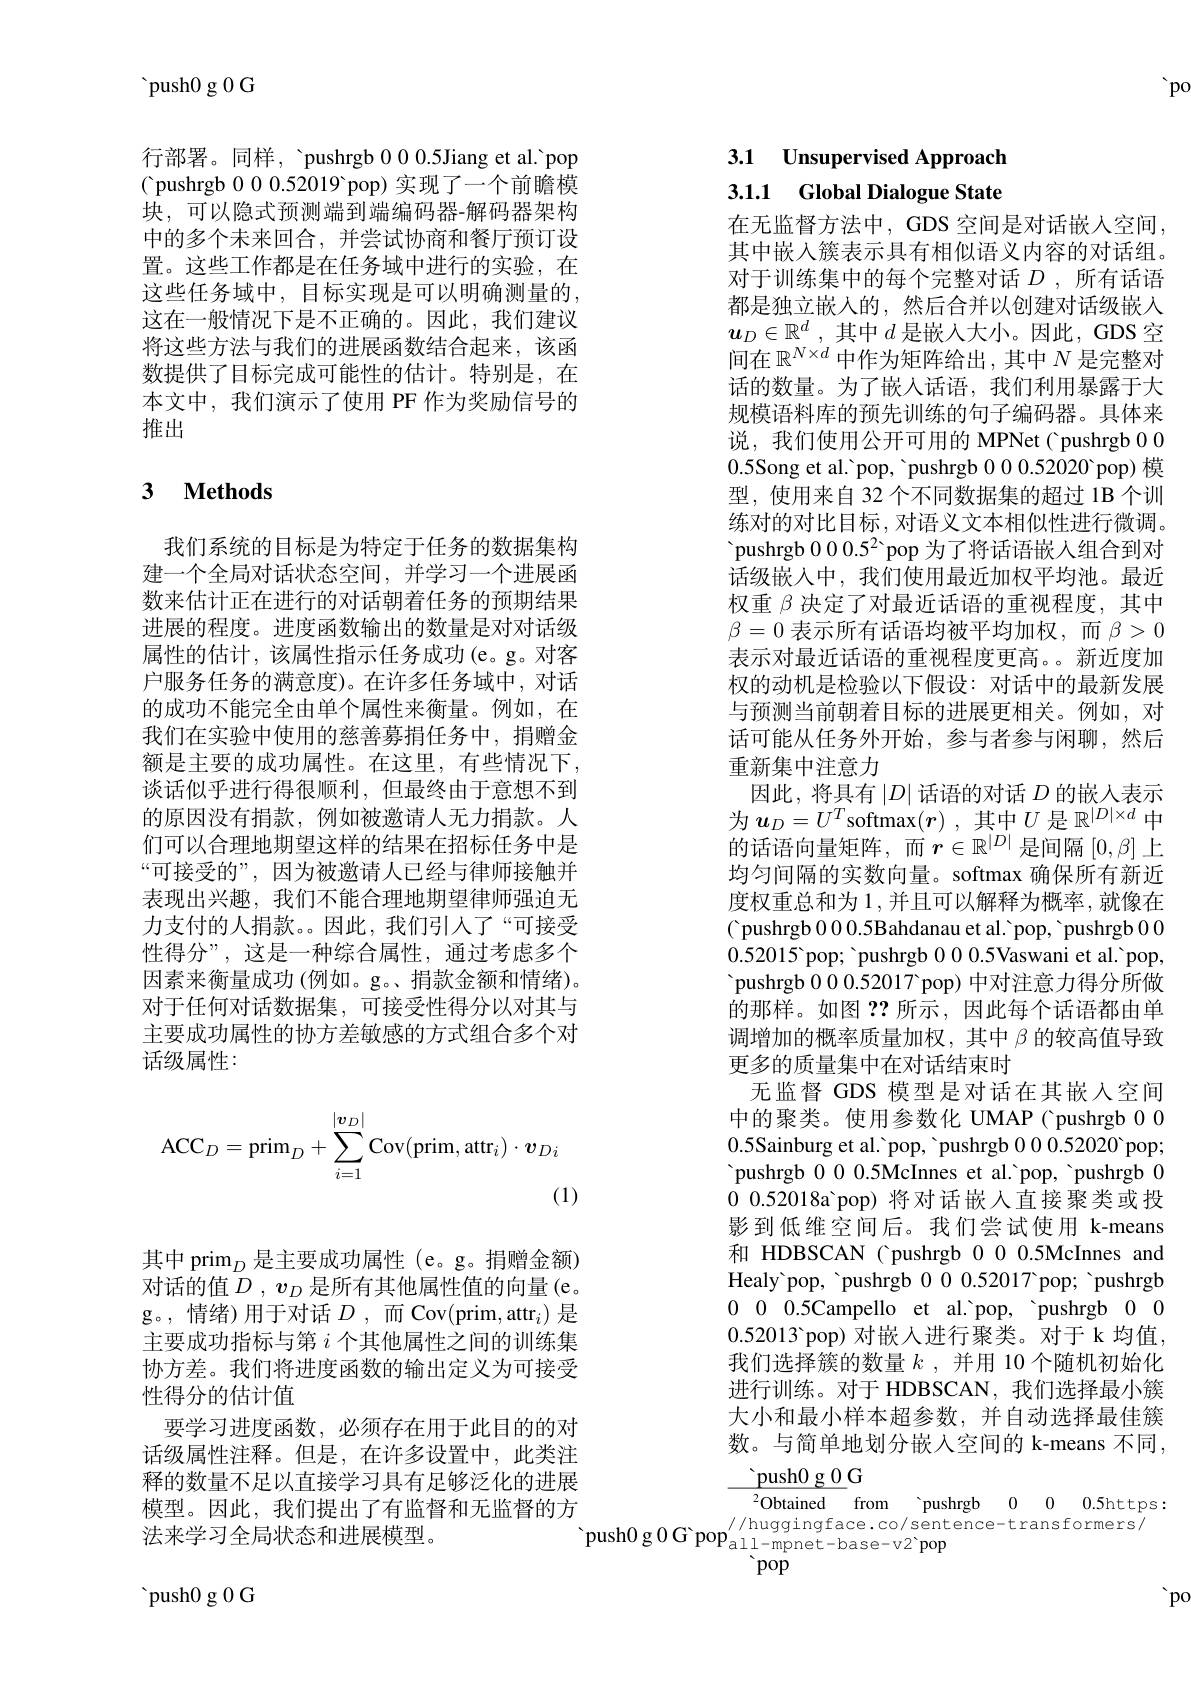
${\mathrm{~push0~g~0~G}}$

行部署。同样，'pushrgb 00.5Jiang et al.'pop ( pushrgb 0 0 0.52019 pop) 实现了一个前瞻模块，可以隐式预测端到端编码器-解码器架构中的多个未来回合，并尝试协商和餐厅预订设置。这些工作都是在任务域中进行的实验，在这些任务域中，目标实现是可以明确测量的， 这在一般情况下是不正确的。因此，我们建议将这些方法与我们的进展函数结合起来，该函数提供了目标完成可能性的估计。特别是，在本文中，我们演示了使用 PF 作为奖励信号的推出

# 3 $\textbf{Methods}$

我们系统的目标是为特定于任务的数据集构建一个全局对话状态空间，并学习一个进展函数来估计正在进行的对话朝着任务的预期结果进展的程度。进度函数输出的数量是对对话级属性的估计，该属性指示任务成功(e。g。对客户服务任务的满意度)。在许多任务域中，对话的成功不能完全由单个属性来衡量。例如，在我们在实验中使用的慈善募捐任务中，捐赠金额是主要的成功属性。在这里，有些情况下， 谈话似乎进行得很顺利，但最终由于意想不到的原因没有捐款，例如被邀请人无力捐款。人们可以合理地期望这样的结果在招标任务中是“可接受的”,因为被邀请人已经与律师接触并表现出兴趣，我们不能合理地期望律师强迫无力支付的人捐款。因此，我们引入了“可接受性得分”,这是一种综合属性，通过考虑多个因素来衡量成功 (例如。g。、捐款金额和情绪)。对于任何对话数据集，可接受性得分以对其与主要成功属性的协方差敏感的方式组合多个对话级属性：
$$\mathrm{ACC}_D=\mathrm{prim}_D+\sum_{i=1}^{|\boldsymbol{v}_D|}\mathrm{Cov}(\mathrm{prim},\mathrm{attr}_i)\cdot\boldsymbol{v}_{Di}$$
(1)

其中 prim$_D$是主要成功属性 (e。g。捐赠金额) 对话的值$D,v_D$是所有其他属性值的向量 (e。g。,情绪)用于对话$D$,而 Cov(prim,attr$_i)$是主要成功指标与第$i$个其他属性之间的训练集协方差。我们将进度函数的输出定义为可接受性得分的估计值
要学习进度函数，必须存在用于此目的的对话级属性注释。但是，在许多设置中，此类注释的数量不足以直接学习具有足够泛化的进展模型。因此，我们提出了有监督和无监督的方法来学习全局状态和进展模型。

'push0 g 0 G

$po$

# 3.1 Unsupervised Approach 3.1.1 Global Dialogue State

在无监督方法中，GDS 空间是对话嵌人空间， 其中嵌入簇表示具有相似语义内容的对话组。对于训练集中的每个完整对话$D$ ,所有话语都是独立嵌人的，然后合并以创建对话级嵌入$u_D\in\mathbb{R}^d$ , 其中$d$是嵌人大小。因此，GDS 空$\bar{\text{间在 }\mathbb{R}^{N\times d}}$中作为矩阵给出，其中$N$ 是完整对话的数量。为了嵌人话语，我们利用暴露于大规模语料库的预先训练的句子编码器。具体来说，我们使用公开可用的 MPNet ( pushrgb 0 00.5Song et al.'pop, 'pushrgb 000.52020'pop)模型，使用来自 32 个不同数据集的超过 1B 个训练对的对比目标，对语义文本相似性进行微调。'pushrgb $000.5^{2}$ pop 为了将话语嵌入组合到对话级嵌入中，我们使用最近加权平均池。最近权重$\beta$决定了对最近话语的重视程度，其中$\beta=0$表示所有话语均被平均加权，而$\beta>0$ 表示对最近话语的重视程度更高。新近度加权的动机是检验以下假设：对话中的最新发展与预测当前朝着目标的进展更相关。例如，对话可能从任务外开始，参与者参与闲聊，然后重新集中注意力
因此，将具有$\left|D\right|$话语的对话$D$的嵌入表示为$u_D=U^T$softmax$( r)$ ,其中$U$是$\mathbb{R}^|D|\times d$中的话语向量矩阵，而$r\in\mathbb{R}^|D|$是间隔$[0,\beta]$上均匀间隔的实数向量。softmax 确保所有新近度权重总和为 1,并且可以解释为概率，就像在( pushrgb 0 0 0.5Bahdanau et al. 'pop, 'pushrgb 0 00.52015 ' pushrgb 000.5Vaswani et al.'pop, pushrgb 0 0 0. 52017 pop) 中 对 注 意 力 得 分 所 做 的那样。如图？?所示，因此每个话语都由单调增加的概率质量加权，其中$\beta$的较高值导致更多的质量集中在对话结束时
无监督 GDS 模型是对话在其嵌入空间中的聚类。使用参数化 UMAP( pushrgb 0 00.5Sainburg et al. 'pop, 'pushrgb $000.52020^{\circ}$pop; 'pushrgb 000.5McInnes et al.'pop, 'pushrgb 00.52018a'pop) 将对话嵌人直接聚类或投影到低维空间后。我们尝试使用 k-means 和 HDBSCAN ( pushrgb 0 0 0.5McInnes and Healy'pop, 'pushrgb 000.52017 pop; 'pushrgb 0 0 0.5Campello et al.'pop, 'pushrgb 0 00.52013'pop) 对嵌入进行聚类。对于 k 均值， 我们选择簇的数量$k$ ,并用 10 个随机初始化进行训练。对于 HDBSCAN, 我们选择最小簇大小和最小样本超参数，并自动选择最佳簇数。与简单地划分嵌入空间的 k-means 不同，
$\underline{\text{push}0\:\mathrm{g~0}}$G

${^{2}\text{Obtained}\:\mathrm{from}\:\text{'pushrgb}\:0\:0\:0.5\text{https:}}$
'push0 g 0 G pop$_{\mathrm{all-mpnet-base-v2}}^{/\text{huggingface.co/sentence-transformers/}}$
pop

'po